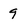
Character: 9